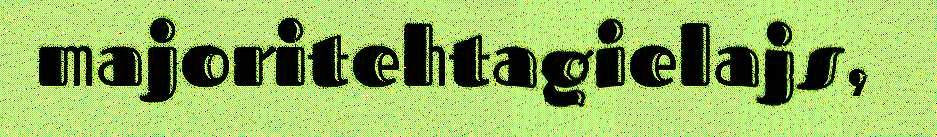
majoritehtagielajs,